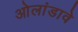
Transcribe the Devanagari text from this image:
ओलांडावे